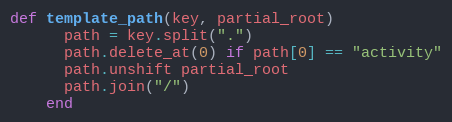
Language: Ruby
def template_path(key, partial_root)
      path = key.split(".")
      path.delete_at(0) if path[0] == "activity"
      path.unshift partial_root
      path.join("/")
    end